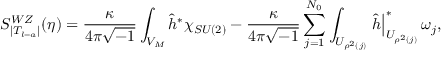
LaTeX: S _ { | T _ { l = a } | } ^ { W Z } ( \eta ) = \frac { \kappa } { 4 \pi \sqrt { - 1 } } \int _ { V _ { M } } \widehat { h } ^ { \ast } \chi _ { S U ( 2 ) } - \frac { \kappa } { 4 \pi \sqrt { - 1 } } \sum _ { j = 1 } ^ { N _ { 0 } } \int _ { U _ { \rho ^ { 2 } ( j ) } } \left. \widehat { h } \right| _ { U _ { \rho ^ { 2 } ( j ) } } ^ { \ast } \omega _ { j } ,